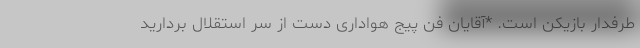
طرفدار بازیکن است. *آقایان فن پیج هواداری دست از سر استقلال بردارید